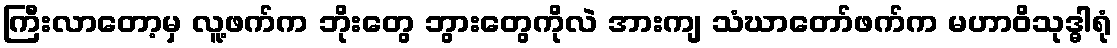
ကြီးလာတော့မှ လူ့ဖက်က ဘိုးတွေ ဘွားတွေကိုလဲ အားကျ သံဃာတော်ဖက်က မဟာဝိသုဒ္ဓါရုံ